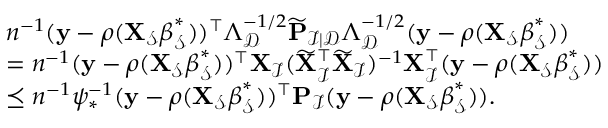
\begin{array} { r l } & { n ^ { - 1 } ( \mathbf { y } - { \boldsymbol \rho } ( \mathbf { X } _ { \mathcal { S } } { \boldsymbol \beta } _ { \mathcal { S } } ^ { * } ) ) ^ { \top } { \boldsymbol \Lambda } _ { \mathcal { D } } ^ { - 1 / 2 } \widetilde { \mathbf { P } } _ { \mathcal { I } \mid \mathcal { D } } { \boldsymbol \Lambda } _ { \mathcal { D } } ^ { - 1 / 2 } ( \mathbf { y } - { \boldsymbol \rho } ( \mathbf { X } _ { \mathcal { S } } { \boldsymbol \beta } _ { \mathcal { S } } ^ { * } ) ) } \\ & { = n ^ { - 1 } ( \mathbf { y } - { \boldsymbol \rho } ( \mathbf { X } _ { \mathcal { S } } { \boldsymbol \beta } _ { \mathcal { S } } ^ { * } ) ) ^ { \top } \mathbf { X } _ { \mathcal { I } } ( \widetilde { \mathbf { X } } _ { \mathcal { I } } ^ { \top } \widetilde { \mathbf { X } } _ { \mathcal { I } } ) ^ { - 1 } \mathbf { X } _ { \mathcal { I } } ^ { \top } ( \mathbf { y } - { \boldsymbol \rho } ( \mathbf { X } _ { \mathcal { S } } { \boldsymbol \beta } _ { \mathcal { S } } ^ { * } ) ) } \\ & { \preceq n ^ { - 1 } \psi _ { * } ^ { - 1 } ( \mathbf { y } - { \boldsymbol \rho } ( \mathbf { X } _ { \mathcal { S } } { \boldsymbol \beta } _ { \mathcal { S } } ^ { * } ) ) ^ { \top } \mathbf { P } _ { \mathcal { I } } ( \mathbf { y } - { \boldsymbol \rho } ( \mathbf { X } _ { \mathcal { S } } { \boldsymbol \beta } _ { \mathcal { S } } ^ { * } ) ) . } \end{array}